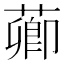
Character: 𦺄